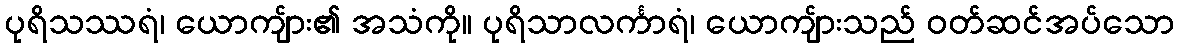
ပုရိသဿရံ၊ ယောကျ်ား၏ အသံကို။ ပုရိသာလင်္ကာရံ၊ ယောကျ်ားသည် ဝတ်ဆင်အပ်သော